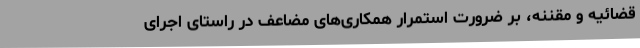
قضائیه و مقننه، بر ضرورت استمرار همکاری‌های مضاعف در راستای اجرای